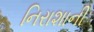
નિરાશાની